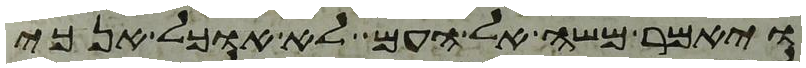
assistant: ויאמר משה אל העם לא אוכל אנכי